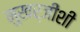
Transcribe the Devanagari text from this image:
मुखर्जींशी